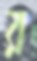
র